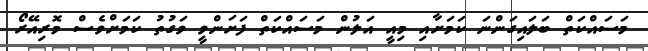
މަސައްކަތް ބަލައިގަންނަ ކަމަށާއި މިއީ އަލުން މަސައްކަތް ފަށަންވީ ވަގުތު ކަމަށްވެސް މޮރިއޭރޯ